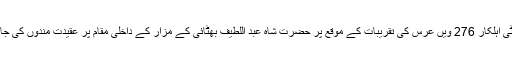
بھٹشاہ: سیکیورٹی اہلکار 276 ویں عرس کی تقریبات کے موقع پر حضرت شاہ عبد اللطیف بھٹائی کے مزار کے داخلی مقام پر عقیدت مندوں کی جانچ کررہے ہیں۔